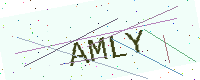
Text: AMLY